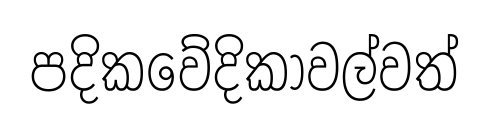
පදිකවේදිකාවල්වත්